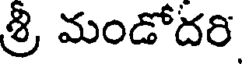
శ్రీ మండోదరి